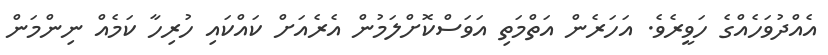
އެއްދުވަހެއްގެ ހަވީރެވެ. އަހަރެން އަތްމަތި އަވަސްކޮށްލަމުން އެރެއަށް ކައްކައި ހުރިހާ ކަމެއް ނިންމަން